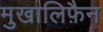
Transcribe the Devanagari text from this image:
मुखालिफ़ैन